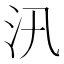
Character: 汛